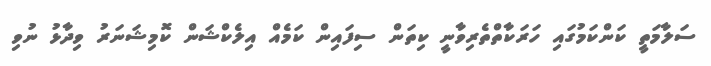
ސަލާމަތީ ކަންކަމުގައި ހަރަކާތްތެރިވާނީ ކިތަން ސިފައިން ކަމެއް އިލެކްޝަން ކޮމިޝަނަރު ވިދާޅު ނުވި